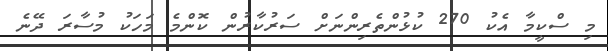
މި ސްކީމާ އެކު 270 ކުޅުންތެރިންނަށް ސަރުކާރުން ކޮންމެ މަހަކު މުސާރަ ދޭނެ